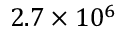
2 . 7 \times 1 0 ^ { 6 }